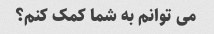
می توانم به شما کمک کنم؟